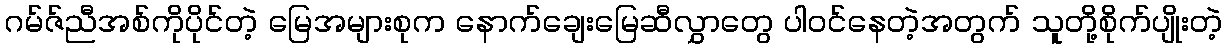
ဂမ်ဇ်ညီအစ်ကိုပိုင်တဲ့ မြေအများစုက နောက်ချေးမြေဆီလွှာတွေ ပါဝင်နေတဲ့အတွက် သူတို့စိုက်ပျိုးတဲ့